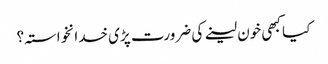
کیا کبھی خون لینے کی ضرورت پڑی خدانخواستہ؟